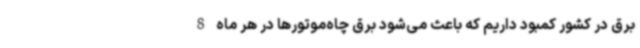
برق در کشور کمبود داریم که باعث می‌شود برق چاه‌موتورها در هر ماه 8